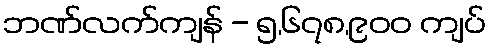
ဘဏ်လက်ကျန် - ၅,၆၇၈,၉၀၀ ကျပ်